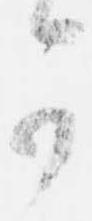
可